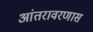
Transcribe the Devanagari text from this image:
आंतरावरणास